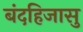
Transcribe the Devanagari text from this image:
बंदहिजासु